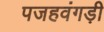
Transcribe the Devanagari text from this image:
पजहवंगड़ी